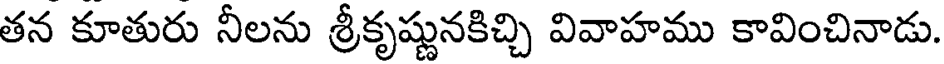
తన కూతురు నీలను శ్రీకృష్ణునకిచ్చి వివాహము కావించినాడు.